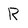
Character: R